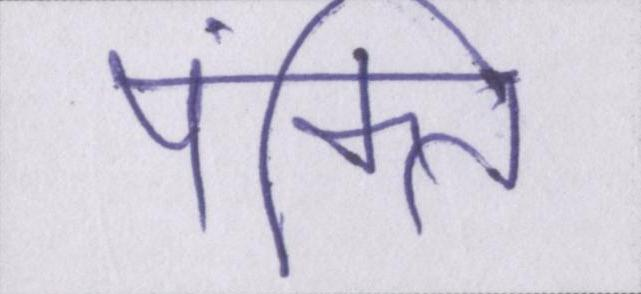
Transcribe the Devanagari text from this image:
पंक्ति